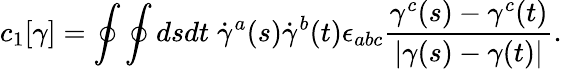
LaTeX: c_{1}[\gamma]=\oint\oint dsdt\; \dot{\gamma}^{a}(s)\dot{\gamma}^{b}(t)\epsilon_{abc}{\frac{\gamma^{c}(s)-\gamma^{c}(t)}{|\gamma(s)-\gamma(t)|}}.